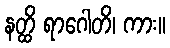
နတ္ထိ ရာဂေါတိ၊ ကား။